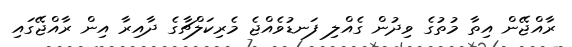
ރާއްޖޭން އިތާ މުތުގެ ވިދުން ގެއްލި ފަނޑުވެއްޖެ މެރިކަލްޗާގެ ދާއިރާ އިން ރާއްޖޭގައި